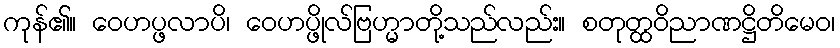
ကုန်၏။ ဝေဟပ္ဖလာပိ၊ ဝေဟပ္ဖိုလ်ဗြဟ္မာတို့သည်လည်း။ စတုတ္ထဝိညာဏဋ္ဌိတိမေဝ၊